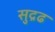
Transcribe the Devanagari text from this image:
सुद्रढ